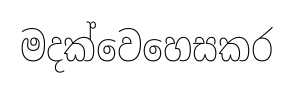
මදක්වෙහෙසකර